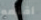
أقنعه